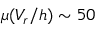
\mu ( V _ { r } / h ) \sim 5 0